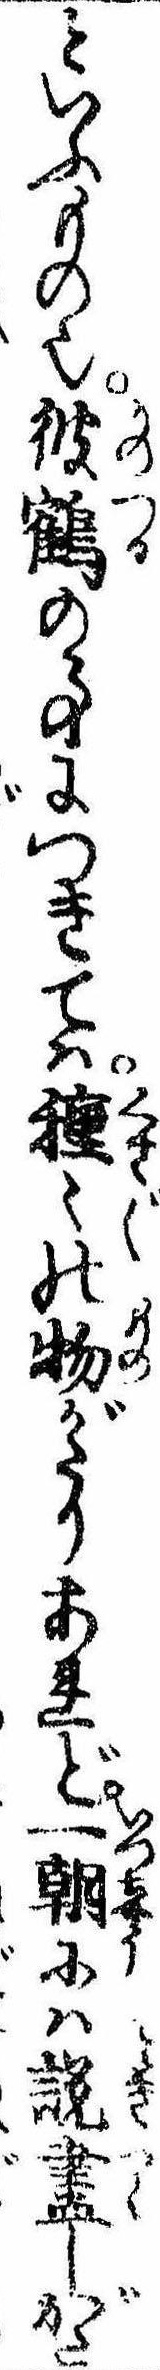
といふもの也彼鶴の事につきては種〻の物がたりあれど一朝には説尽しがた